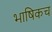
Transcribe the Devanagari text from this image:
भाषिकच